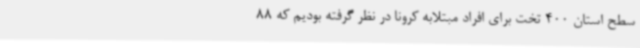
سطح استان 400 تخت برای افراد مبتلابه کرونا در نظر گرفته بودیم که 88